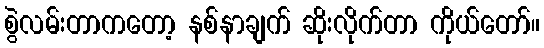
စွဲလမ်းတာကတော့ နစ်နာချက် ဆိုးလိုက်တာ ကိုယ်တော်။